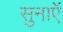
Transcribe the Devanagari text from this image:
सुनाएॅ